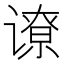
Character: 𬤟